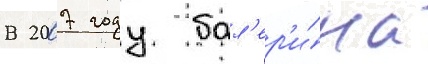
В 2007 году бал'ер'и́на